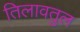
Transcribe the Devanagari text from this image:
तिलावतुल